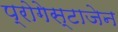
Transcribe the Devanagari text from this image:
प्रोगेस्टाजेन